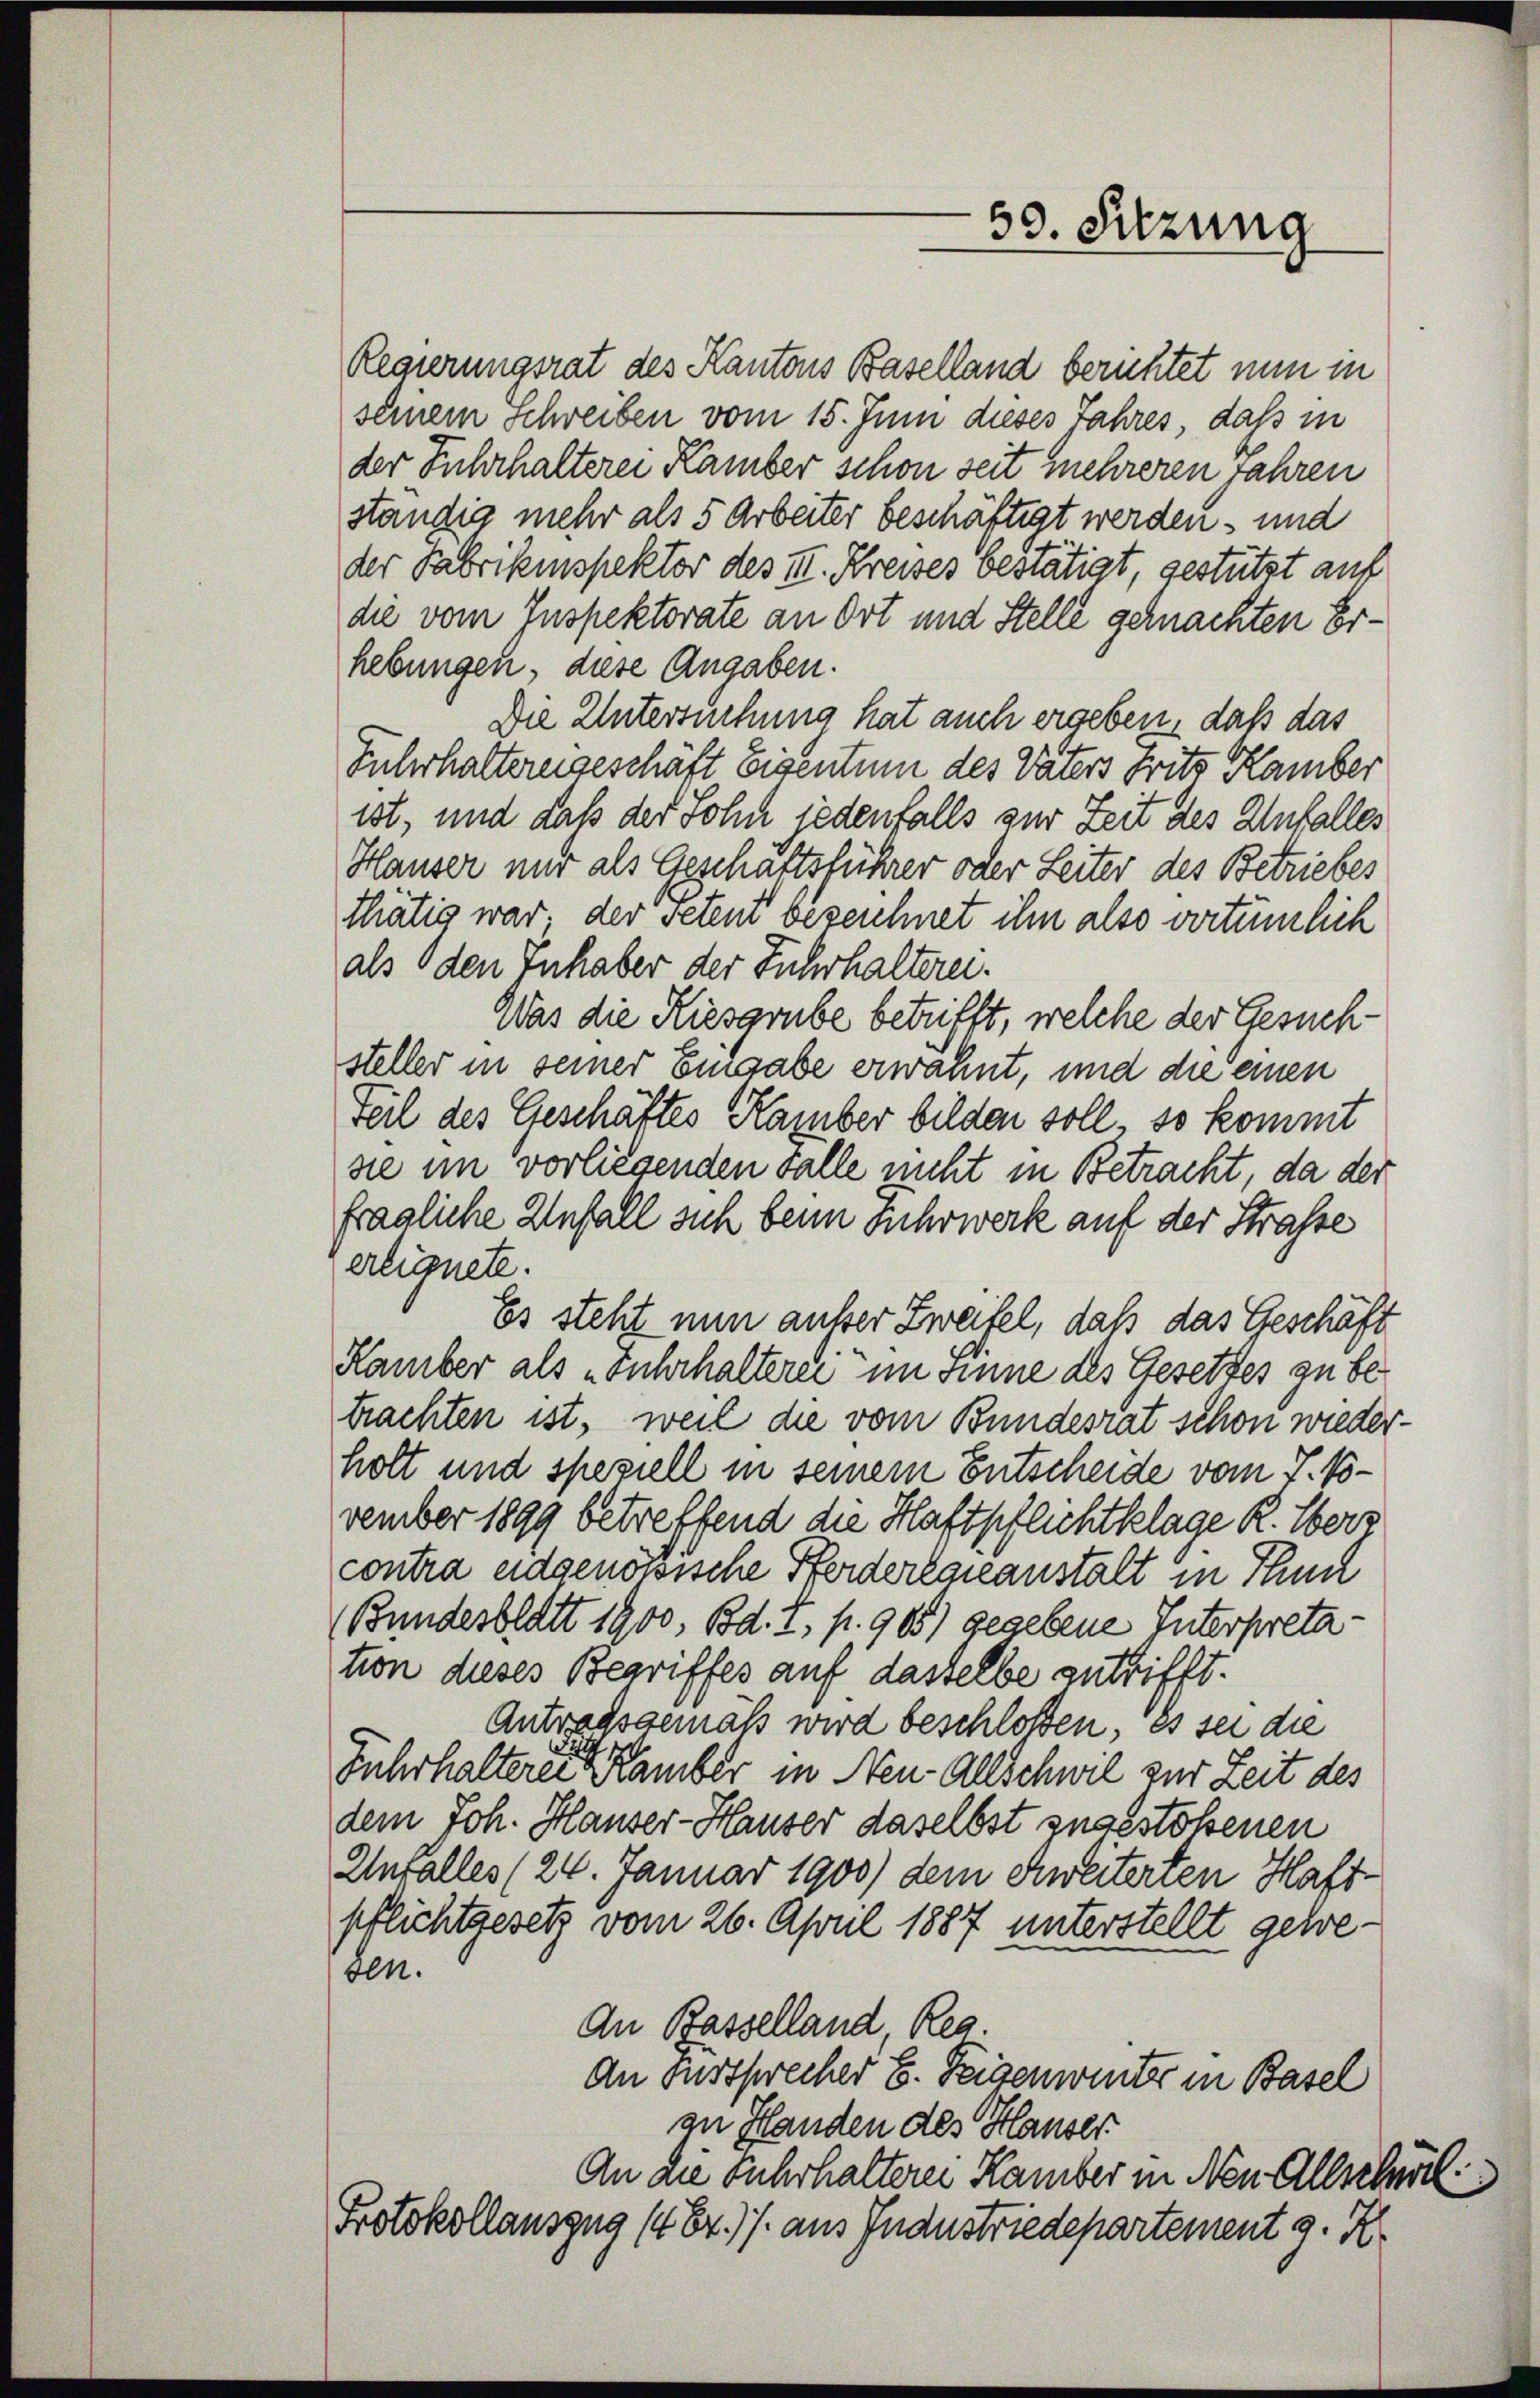
Regierungsrat des Kantons Baselland berichtet nun in
seinem Schreiben vom 15. Juni dieses Jahres, daß in
der Fuhrhalterei Kamber schon seit mehreren Jahren
ständig mehr als 5 Arbeiter beschäftigt werden und
der Fabrikinspektor des III. Kreises bestätigt, gestützt auf
die vom Inspektorate an Ort und Stelle gemachten Erhebungen, diese Angaben.
Die Untersuchung hat auch ergeben, daß das
Fuhrhalternigeschäft Eigentum des Vaters Frits Kamber
ist, und daß der Sohn jedenfalls zur Zeit des Unfalles
Hauser nur als Geschäftsführer oder Leiter des Betriebes
thätig war; der Petent bezeichnet ihn also vertümlich
als den Inhaber der Fuhrhalterei.
Was die Kiesgrube betrifft, welche der Gesuchsteller in seiner Eingabe erwähnt, und die einen
Teil des Geschäftes Kamber bilden soll, so kommt
sie im vorliegenden Falle nicht in Betracht, da der
fragliche Unfall sich beim Fuhrwerk auf der Strasse
erlügnete.
Es steht nun ausser Zweifel, daß das Geschäft
Hamber als „Fuhrhalterei im Sinne des Gesetzes zu betrachten ist, weil die vom Bundesrat schon wiederholt und speziell in seinem Entscheide vom 7. B.
vember 1899 betreffend die Haftpflichtklage R. Übers
contra eidgenomische Pferderlaieanstalt in Thun
(Bundesblatt 1900, Bd. I, p. 905) gegebene Interpretation dieses Begriffes auf dasselbe antrifft.
Antragsgemäß wird beschloßen. Es sei die
Fuhrhalter eine der Hamber in Neu-Allschwil zur Zeit des
dem Joh. Hauser-Hauser daselbst zugestoßenen
Unfalles (24. Januar 1900) dem Zweiterien Haft-
pflichtgesetz vom 26. April 1887 unterstellt geweben.
An Basselland, Reg
An Fussprecher E. Feigenwinter in Basel
zu Handen des Hauser
An die Fuhrhaltere Kamber in Neu Allschal
Protokollauszug (4 Fr. 17. aus Industriedepartement 9. X.

59. Sitzung